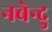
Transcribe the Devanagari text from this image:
नबेन्दु